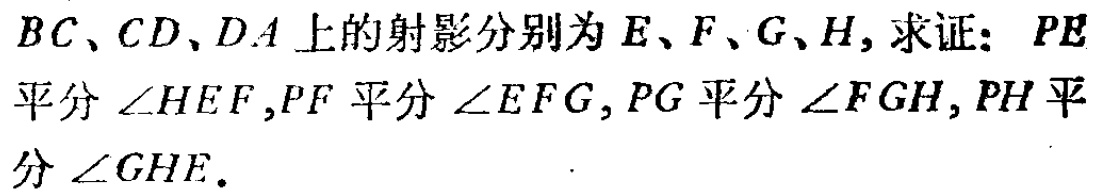
$BC、CD、DA$上的射影分别为$E、F、G、H,$求证：$PE$平分$\angle HEF,PF$平分$\angle EFG,PG$平分$\angle FGH,PH$平分$\angle GHE.$